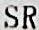
SR